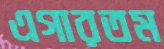
এগারতম